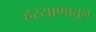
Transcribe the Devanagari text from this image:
हरयाणातून